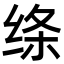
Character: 绦